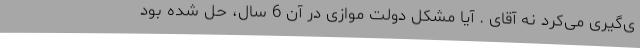
ی‌گیری می‌کرد نه آقای . آیا مشکل دولت موازی در آن 6 سال، حل شده بود